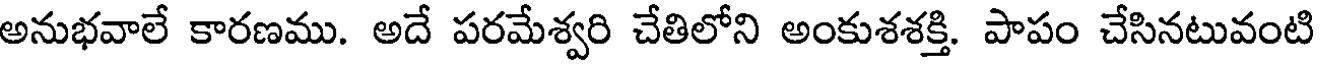
అనుభవాలే కారణము. అదే పరమేశ్వరి చేతిలోని అంకుశశక్తి. పాపం చేసినటువంటి